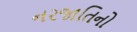
નરજાતિનો